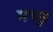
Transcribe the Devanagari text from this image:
मच्‍छू